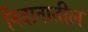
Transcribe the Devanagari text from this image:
निदानातील